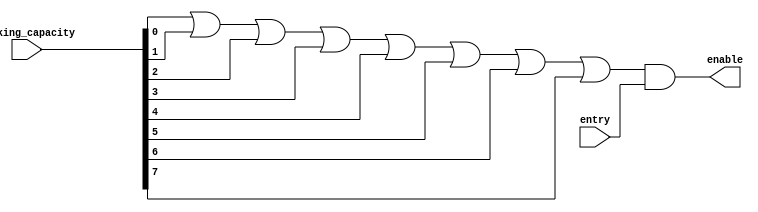
/*--  *******************************************************
--  Computer Architecture Course, Laboratory Sources 
--  Amirkabir University of Technology (Tehran Polytechnic)
--  Department of Computer Engineering (CE-AUT)
--  https://ce[dot]aut[dot]ac[dot]ir
--  *******************************************************
--  All Rights reserved (C) 2021-2022
--  *******************************************************
--  Student ID  : 9931072 - 9931078
--  Student Name: sina shariati - kimia montazeri
--  Student Mail: sina.shariati@aut.ac.ir - kimia.mtz@gmail.com
--  *******************************************************
--*/

/*-----------------------------------------------------------
---  Module Name: entry_checker 
-----------------------------------------------------------*/
`timescale 1 ns/1 ns
module entry_checker(entry, parking_capacity, enable);
input entry;
input [7:0] parking_capacity;
output enable;
wire have_capacity;
assign have_capacity = parking_capacity[0] ||
                        parking_capacity[1] ||
                        parking_capacity[2] ||
                        parking_capacity[3] ||
                        parking_capacity[4] ||
                        parking_capacity[5] ||
                        parking_capacity[6] ||
                        parking_capacity[7];

assign enable = have_capacity && entry;

endmodule